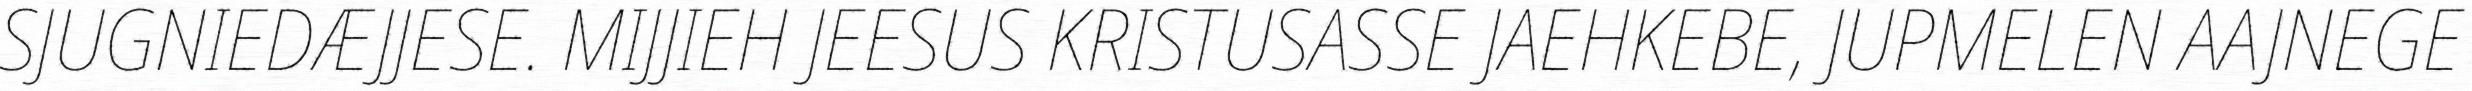
SJUGNIEDÆJJESE. MIJJIEH JEESUS KRISTUSASSE JAEHKEBE, JUPMELEN AAJNEGE